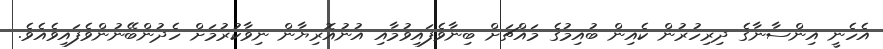
އެހެނީ އިންސާނާގެ ދިރިހުރުން ކެއިން ބުއިމުގެ މައްޗަށް ބިނާވެފައިވުމާއި އުނުއޮރިޔާން ނިވާކުރުމަށް ހެދުންބޭނުންވެފައިވެއެވެ.